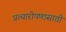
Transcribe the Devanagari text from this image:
प्रत्यारोपणासाठी